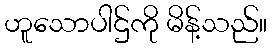
ဟူသောပါဌ်ကို မိန့်သည်။